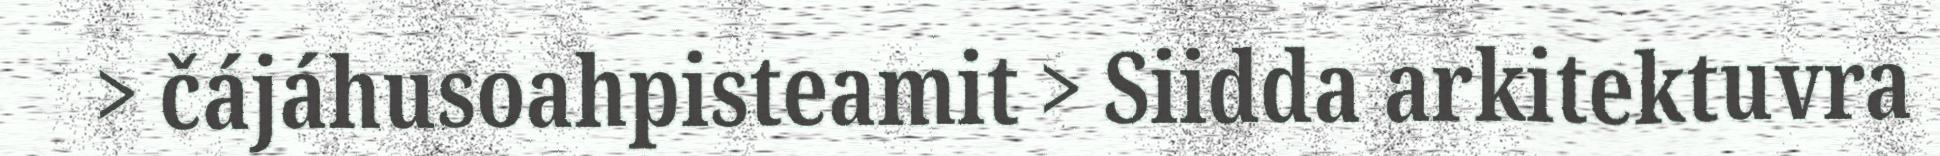
> čájáhusoahpisteamit > Siidda arkitektuvra